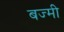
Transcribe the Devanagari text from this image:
बज्मी